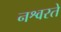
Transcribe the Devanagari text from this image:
नश्वरते